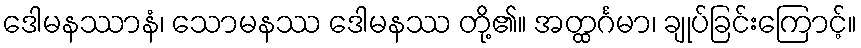
ဒေါမနဿာနံ၊ သောမနဿ ဒေါမနဿ တို့၏။ အတ္ထင်္ဂမာ၊ ချုပ်ခြင်းကြောင့်။